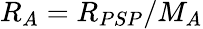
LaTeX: R_{A}=R_{PSP}/M_{A}